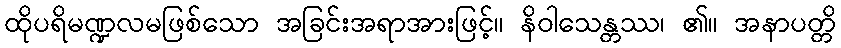
ထိုပရိမဏ္ဍလမဖြစ်သော အခြင်းအရာအားဖြင့်။ နိဝါသေန္တဿ၊ ၏။ အနာပတ္တိ